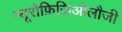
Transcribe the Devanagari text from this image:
न्यूरोफ़िज़िओलौजी